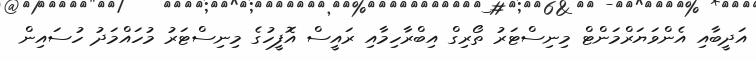
އަދީބާއި އެންވަޔަރްމަންޓް މިނިސްޓަރު ތޯރިގް އިބްރާހިމާއި ރައީސް އޮފީހުގެ މިނިސްޓަރު މުހައްމަދު ހުސައިން